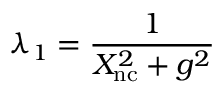
\lambda _ { 1 } = \frac { 1 } { X _ { \mathrm { n c } } ^ { 2 } + g ^ { 2 } }